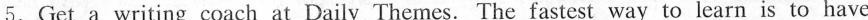
5.Get a writing coach at Daily Themes.The fastest way to learn is to have